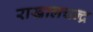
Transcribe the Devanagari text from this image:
राखालचन्द्र